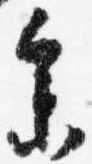
参